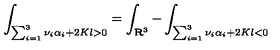
\int _ { \sum _ { i = 1 } ^ { 3 } \nu _ { i } \alpha _ { i } + 2 K l > 0 } = \int _ { { \bf R } ^ { 3 } } - \int _ { \sum _ { i = 1 } ^ { 3 } \nu _ { i } \alpha _ { i } + 2 K l < 0 }